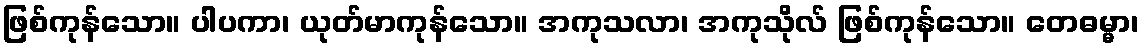
ဖြစ်ကုန်သော။ ပါပကာ၊ ယုတ်မာကုန်သော။ အကုသလာ၊ အကုသိုလ် ဖြစ်ကုန်သော။ တေဓမ္မာ၊